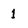
Character: 1